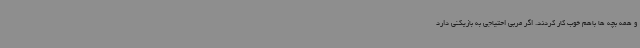
و همه بچه ها باهم خوب کار کردند. اگر مربی احتیاجی به بازیکنی دارد